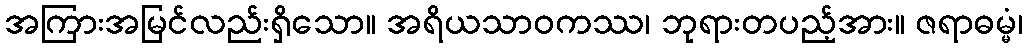
အကြားအမြင်လည်းရှိသော။ အရိယသာဝကဿ၊ ဘုရားတပည့်အား။ ဇရာဓမ္မံ၊